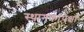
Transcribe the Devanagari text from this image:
स्थानकांपेक्षा